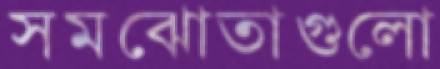
সমঝোতাগুলো